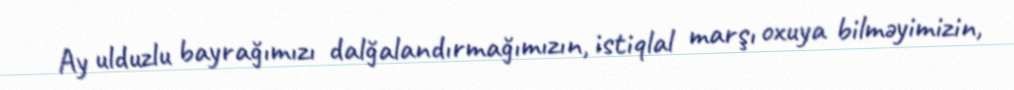
Ay ulduzlu bayrağımızı dalğalandırmağımızın, istiqlal marşı oxuya bilməyimizin,